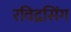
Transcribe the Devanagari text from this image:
रविद्रसिंग